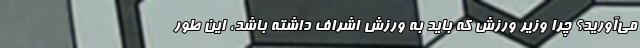
می‌آورید؟ چرا وزیر ورزش که باید به ورزش اشراف داشته باشد، این طور